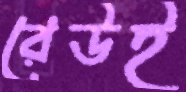
রেউই